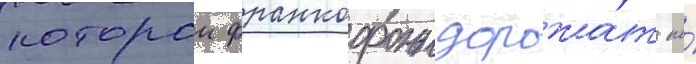
которои франкофоны дорожа́т по́